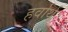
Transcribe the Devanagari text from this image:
हर्वार्थ